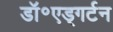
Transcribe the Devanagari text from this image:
डॉ॰एड्गर्टन